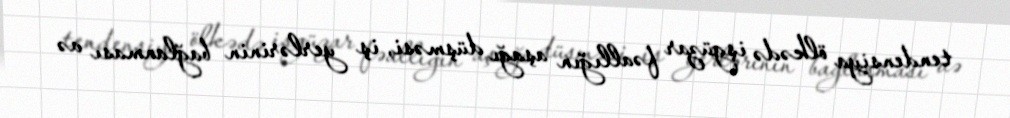
tendensiya ölkədə işgüzar fəallığın aşağı düşməsi, iş yerlərinin bağlanması və